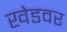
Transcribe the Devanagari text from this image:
खेडवर